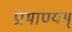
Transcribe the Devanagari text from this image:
प्रामाण्यम्